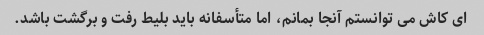
ای کاش می توانستم آنجا بمانم، اما متأسفانه باید بلیط رفت و برگشت باشد.